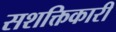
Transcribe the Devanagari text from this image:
सशक्तिकारी